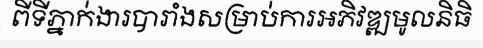
ពីទីភ្នាក់ងារបារាំងសម្រាប់ការអភិវឌ្ឍមូលនិធិ